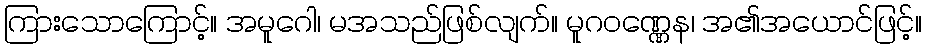
ကြားသောကြောင့်။ အမူဂေါ၊ မအသည်ဖြစ်လျက်။ မူဂဝဏ္ဏေန၊ အ၏အယောင်ဖြင့်။